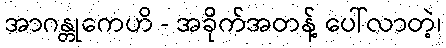
အာဂန္တုကေဟိ - အခိုက်အတန့် ပေါ်လာတဲ့၊